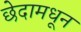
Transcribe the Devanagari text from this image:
छेदामधून